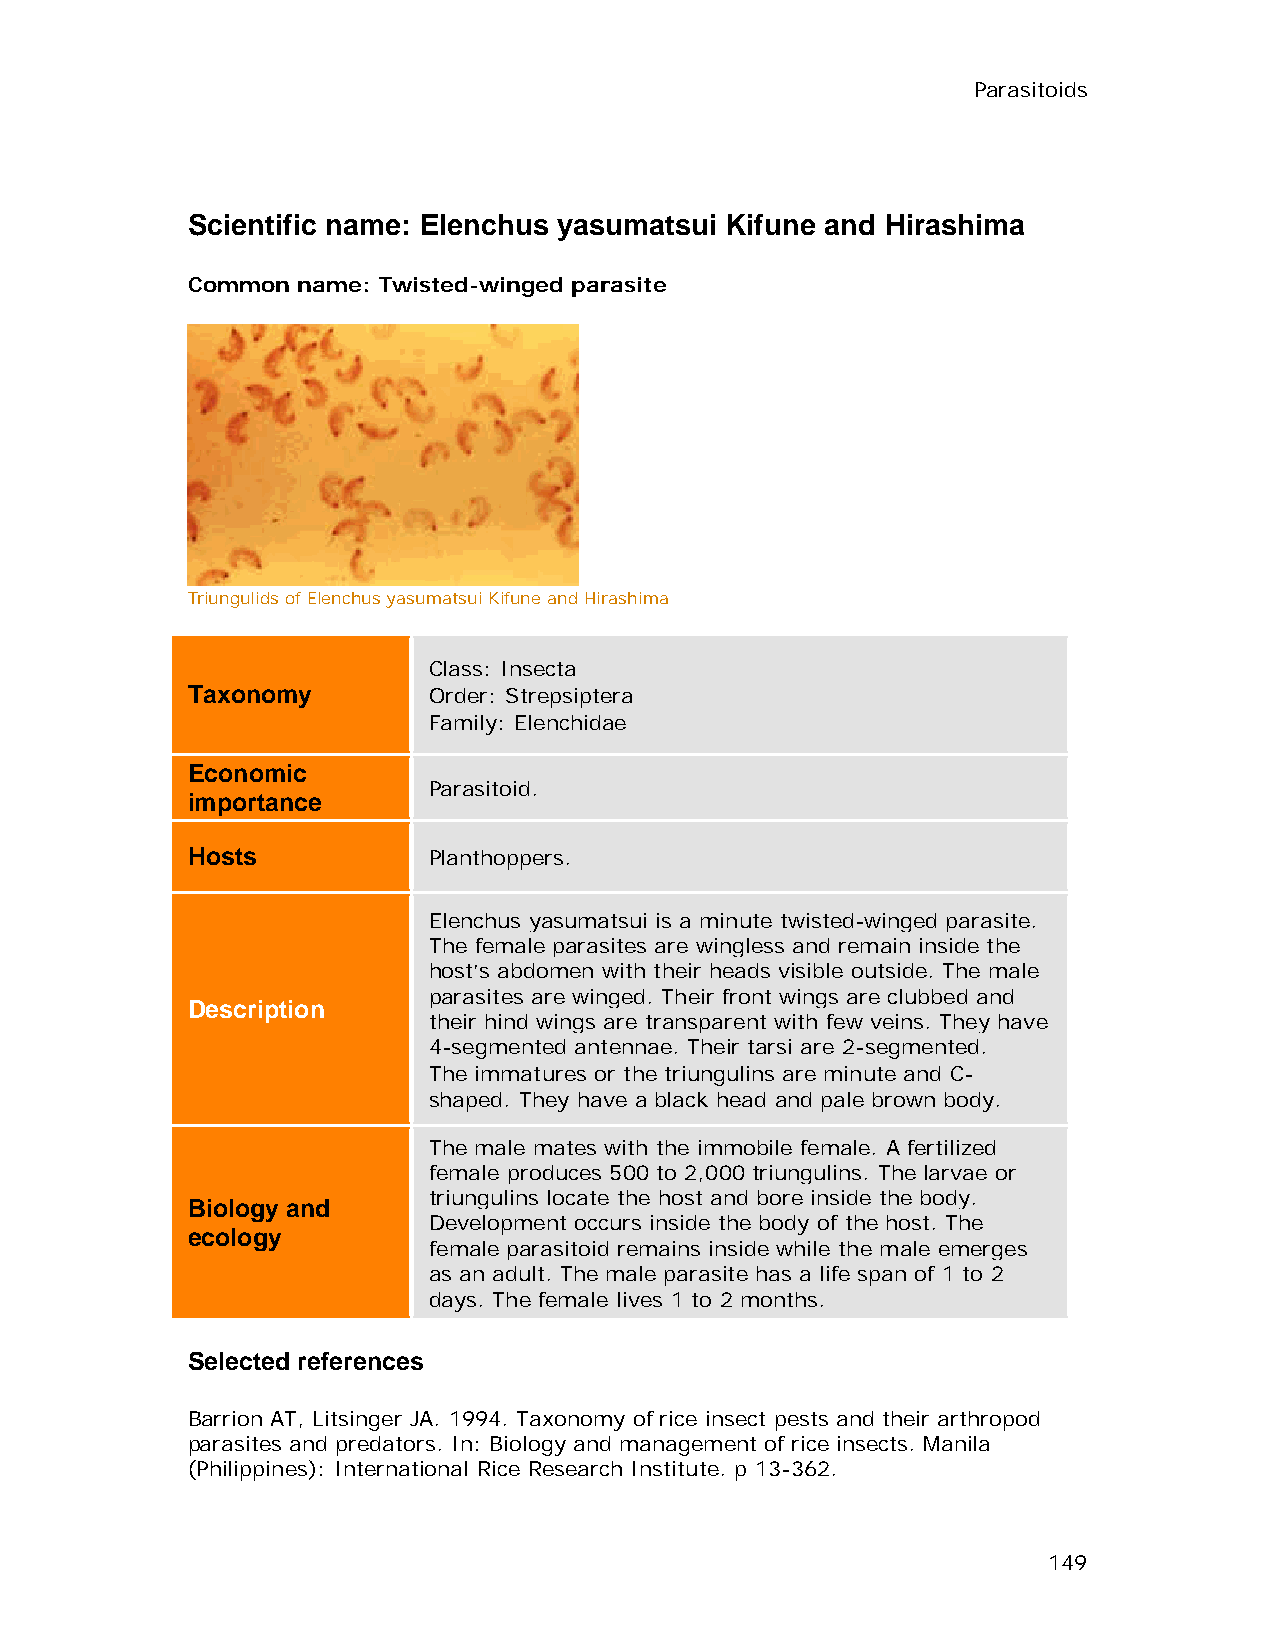
Parasitoids
 Scientific name: Elenchus yasumatsui Kifune and Hirashima
 Common  name: Twisted-winged parasite
 Triungulids of Elenchus yasumatsui Kifune and Hirashima
 Class: Insecta
 Taxonomy        Order: Strepsiptera
 Family: Elenchidae
 Economic
 Parasitoid.
 importance
 Hosts           Planthoppers.
 Elenchus yasumatsui is a minute twisted-winged parasite.
 The female parasites are wingless and remain inside the
 host’s abdomen with their heads visible outside. The male
 parasites are winged. Their front wings are clubbed and
 Description
 their hind wings are transparent with few veins. They have
 4-segmented antennae. Their tarsi are 2-segmented.
 The immatures or the triungulins are minute and C-
 shaped. They have a black head and pale brown body.
 The male mates with the immobile female. A fertilized
 female produces 500 to 2,000 triungulins. The larvae or
 triungulins locate the host and bore inside the body.
 Biology and
 Development occurs inside the body of the host. The
 ecology
 female parasitoid remains inside while the male emerges
 as an adult. The male parasite has a life span of 1 to 2
 days. The female lives 1 to 2 months.
 Selected references
 Barrion AT, Litsinger JA. 1994. Taxonomy of rice insect pests and their arthropod
 parasites and predators. In: Biology and management of rice insects. Manila
 (Philippines): International Rice Research Institute. p 13-362.
 149